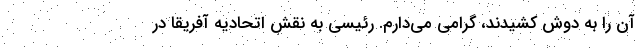
آن را به دوش کشیدند،‌ گرامی می‌دارم. رئیسی به نقش اتحادیه آفریقا در